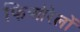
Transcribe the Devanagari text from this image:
फिओरेलों